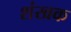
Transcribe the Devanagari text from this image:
शंखक